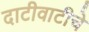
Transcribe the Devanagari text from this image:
दाटीवाटीचे